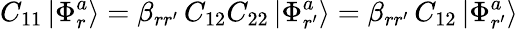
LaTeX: C_{11}\left|\Phi_{r}^{a}\right>=\beta_{rr^{\prime}}\, C_{12}C_{22}\left|\Phi_{r^{\prime}}^{a}\right>=\beta_{rr^{\prime}}\, C_{12}\left|\Phi_{r^{\prime}}^{a}\right>